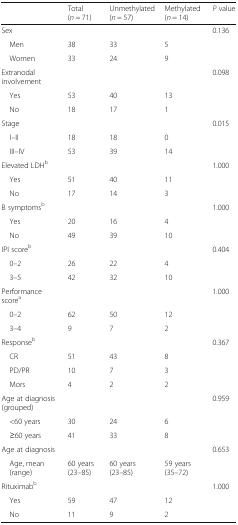
<table><thead><tr><td></td><td><b>Total (<i>n</i> = 71)</b></td><td><b>Unmethylated (<i>n</i> = 57)</b></td><td><b>Methylated (<i>n</i> = 14)</b></td><td><b><i>P</i> value</b></td></tr></thead><tbody><tr><td>Sex</td><td></td><td></td><td></td><td>0.136</td></tr><tr><td> Men</td><td>38</td><td>33</td><td>5</td><td></td></tr><tr><td> Women</td><td>33</td><td>24</td><td>9</td><td></td></tr><tr><td>Extranodal involvement</td><td></td><td></td><td></td><td>0.098</td></tr><tr><td> Yes</td><td>53</td><td>40</td><td>13</td><td></td></tr><tr><td> No</td><td>18</td><td>17</td><td>1</td><td></td></tr><tr><td>Stage</td><td></td><td></td><td></td><td>0.015</td></tr><tr><td> I–II</td><td>18</td><td>18</td><td>0</td><td></td></tr><tr><td> III–IV</td><td>53</td><td>39</td><td>14</td><td></td></tr><tr><td>Elevated LDH<sup>b</sup></td><td></td><td></td><td></td><td>1.000</td></tr><tr><td> Yes</td><td>51</td><td>40</td><td>11</td><td></td></tr><tr><td> No</td><td>17</td><td>14</td><td>3</td><td></td></tr><tr><td>B symptoms<sup>b</sup></td><td></td><td></td><td></td><td>1.000</td></tr><tr><td> Yes</td><td>20</td><td>16</td><td>4</td><td></td></tr><tr><td> No</td><td>49</td><td>39</td><td>10</td><td></td></tr><tr><td>IPI score<sup>b</sup></td><td></td><td></td><td></td><td>0.404</td></tr><tr><td> 0–2</td><td>26</td><td>22</td><td>4</td><td></td></tr><tr><td> 3–5</td><td>42</td><td>32</td><td>10</td><td></td></tr><tr><td>Performance score<sup>a</sup></td><td></td><td></td><td></td><td>1.000</td></tr><tr><td> 0–2</td><td>62</td><td>50</td><td>12</td><td></td></tr><tr><td> 3–4</td><td>9</td><td>7</td><td>2</td><td></td></tr><tr><td>Response<sup>b</sup></td><td></td><td></td><td></td><td>0.367</td></tr><tr><td> CR</td><td>51</td><td>43</td><td>8</td><td></td></tr><tr><td> PD/PR</td><td>10</td><td>7</td><td>3</td><td></td></tr><tr><td> Mors</td><td>4</td><td>2</td><td>2</td><td></td></tr><tr><td>Age at diagnosis (grouped)</td><td></td><td></td><td></td><td>0.959</td></tr><tr><td> &lt;60 years</td><td>30</td><td>24</td><td>6</td><td></td></tr><tr><td> ≥60 years</td><td>41</td><td>33</td><td>8</td><td></td></tr><tr><td>Age at diagnosis</td><td></td><td></td><td></td><td>0.653</td></tr><tr><td> Age, mean (range)</td><td>60 years (23–85)</td><td>60 years (23–85)</td><td>59 years (35–72)</td><td></td></tr><tr><td>Rituximab<sup>b</sup></td><td></td><td></td><td></td><td>1.000</td></tr><tr><td> Yes</td><td>59</td><td>47</td><td>12</td><td></td></tr><tr><td> No</td><td>11</td><td>9</td><td>2</td><td></td></tr></tbody></table>